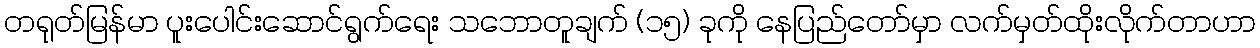
တရုတ်မြန်မာ ပူးပေါင်းဆောင်ရွက်ရေး သဘောတူချက် (၁၅) ခုကို နေပြည်တော်မှာ လက်မှတ်ထိုးလိုက်တာဟာ